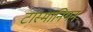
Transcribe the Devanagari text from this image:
टास्मानियन